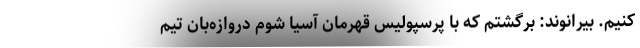
کنیم. بیرانوند: برگشتم که با پرسپولیس قهرمان آسیا شوم دروازه‌بان تیم